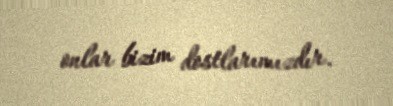
onlar bizim dostlarımızdır.